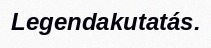
Legendakutatás.